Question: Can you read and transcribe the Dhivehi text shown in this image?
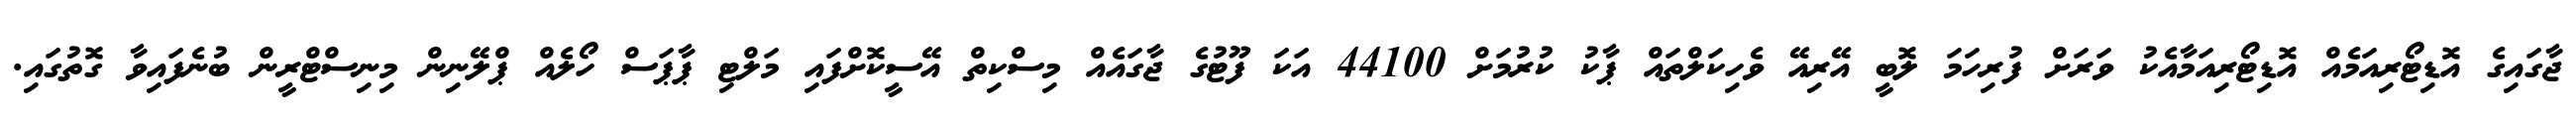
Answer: ޖާގައިގެ އޮޑިޓޯރިއަމެއް އޮޑިޓޯރިއަމާއެކު ވަރަށް ފުރިހަމަ ލޮބީ އޭރިއޭ ވެހިކަލްތައް ޕާކު ކުރުމަށް 44100 އަކަ ފޫޓުގެ ޖާގައެއް މިސްކިތް އޭސީކޮށްފައި މަލްޓި ޕާޕަސް ހޯލެއް ޕްލޭނިން މިނިސްޓްރީން ބުނެފައިވާ ގޮތުގައި.